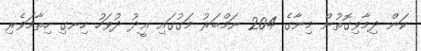
ކަން ދިމާވިގޮތުން މިނާގެ 204 ނަމްބަރު މަގުގައި ޢީދު ދުވަހު ހިނގި ހިތާމަވެރި